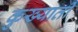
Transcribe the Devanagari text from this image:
कुख्याती